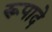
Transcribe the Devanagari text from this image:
रूपादे